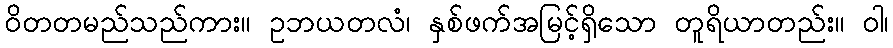
ဝိတတမည်သည်ကား။ ဥဘယတလံ၊ နှစ်ဖက်အမြင့်ရှိသော တူရိယာတည်း။ ဝါ၊